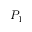
P _ { 1 }